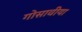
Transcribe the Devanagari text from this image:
गोसावीया